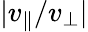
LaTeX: |v_{\parallel}/v_{\perp}|